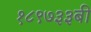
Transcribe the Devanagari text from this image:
१८९७३३बी